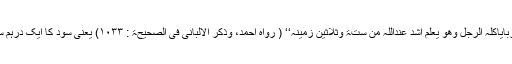
رسول اللہ ﷺ نے فرمایا :’’ درھم ربایاکلہ الرجل وھو یعلم اشد عنداللّٰہ من ستۃ وثلاثین زمینہ‘‘ ( رواہ احمد، وذکر الالبانی فی الصحیحۃ : ۱۰۳۳) یعنی سود کا ایک درہم سے آدمی جانتے ہوے کھالتیا ہے ۔